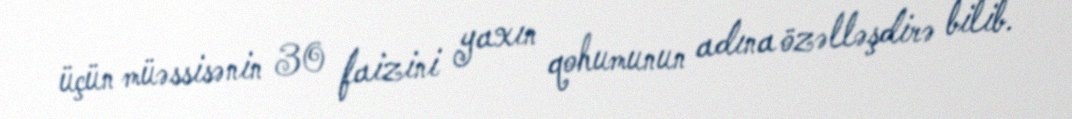
üçün müəssisənin 30 faizini yaxın qohumunun adına özəlləşdirə bilib.